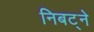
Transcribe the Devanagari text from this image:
निबट्ने